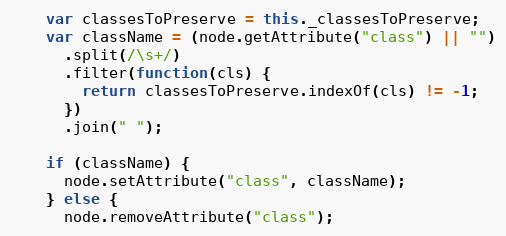
Language: JavaScript
    var classesToPreserve = this._classesToPreserve;
    var className = (node.getAttribute("class") || "")
      .split(/\s+/)
      .filter(function(cls) {
        return classesToPreserve.indexOf(cls) != -1;
      })
      .join(" ");

    if (className) {
      node.setAttribute("class", className);
    } else {
      node.removeAttribute("class");